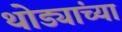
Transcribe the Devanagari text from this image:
थोड्यांच्या